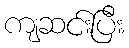
ကျဆင်းပြီး